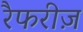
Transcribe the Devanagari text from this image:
रैफरीज़